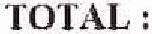
TOTAL: